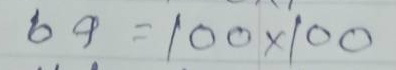
69 = 100 x 100